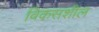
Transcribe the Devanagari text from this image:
विकसशील